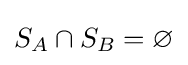
S_{A}\cap S_{B}=\varnothing